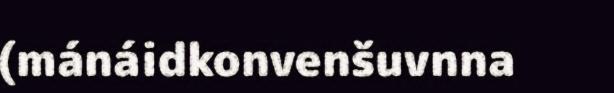
(mánáidkonvenšuvnna